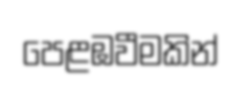
පෙළඹවීමකින්